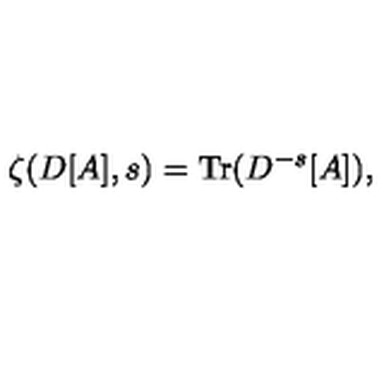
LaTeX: \zeta ( D [ A ] , s ) = \mathrm { T r } ( D ^ { - s } [ A ] ) ,